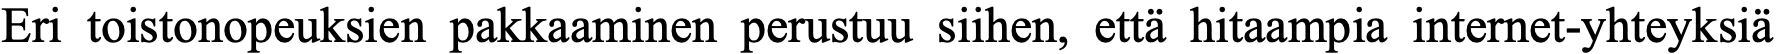
Eri toistonopeuksien pakkaaminen perustuu siihen, että hitaampia internet-yhteyksiä